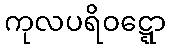
ကုလပရိဝဋ္ဋော